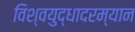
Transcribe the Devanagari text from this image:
विश्वयुद्धादरम्यान